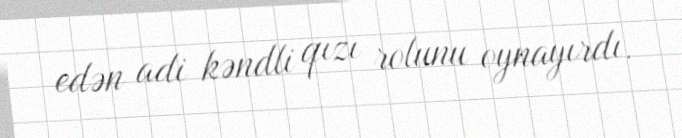
edən adi kəndli qızı rolunu oynayırdı.